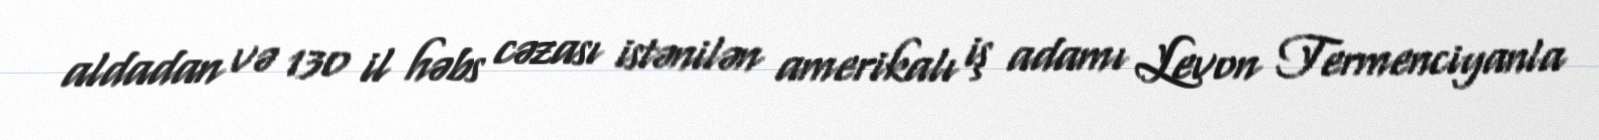
aldadan və 130 il həbs cəzası istənilən amerikalı iş adamı Levon Termenciyanla